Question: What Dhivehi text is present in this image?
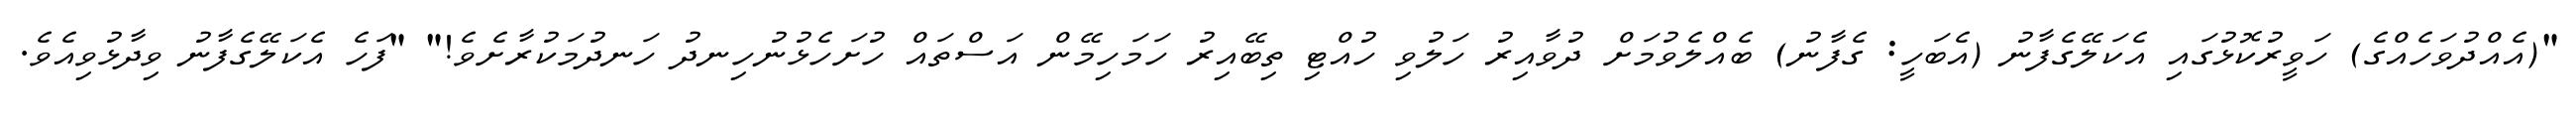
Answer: "(އެއްދުވަހެއްގެ) ހަވީރުކޮޅުގައި އެކަލޭގެފާނު (އެބަހީ: ގެފާނު) ބެއްލެވުމަށް ދުވާއިރު ހަލުވި ހުއްޓި ތިބޭއިރު ހަމަހިމޭން އަސްތައް ހުށަހެޅުނުހިނދު ހަނދުމަކުރާށެވެ!" "ފަހެ އެކަލޭގެފާނު ވިދާޅުވިއެވެ.